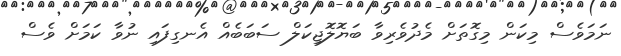
ނަމަވެސް މިކަން މިގޮތަށް މެދުވެރިވާ ބަޔޮލޮޖިކަލް ސަބަބެއް އެނގިފައި ނުވާ ކަމަށް ވެސް